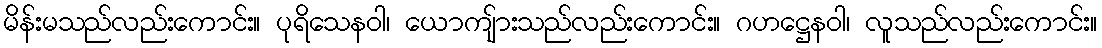
မိန်းမသည်လည်းကောင်း။ ပုရိသေနဝါ၊ ယောကျ်ားသည်လည်းကောင်း။ ဂဟဋ္ဌေနဝါ၊ လူသည်လည်းကောင်း။